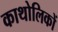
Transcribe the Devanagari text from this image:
काथोलिकों